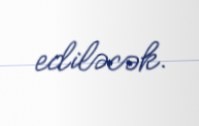
ediləcək.